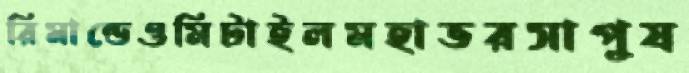
রিমান্ডেওমিটাইলমহাভরসাপুষ